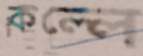
কল্লে